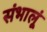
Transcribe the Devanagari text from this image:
संभालूं